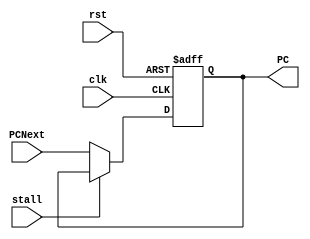
module program_counter #(parameter DATA_WIDTH=32)
 (
    input  wire                  clk,rst,
    input  wire [DATA_WIDTH-1:0] PCNext,
    input  wire                  stall,
    output reg  [DATA_WIDTH-1:0] PC  
 );

always @(posedge clk or negedge rst)
 begin
    if(!rst)
       begin
         PC <= 'b0;
       end 
    else if (!stall)
        begin
         PC <= PCNext;   
        end    
    end
 endmodule